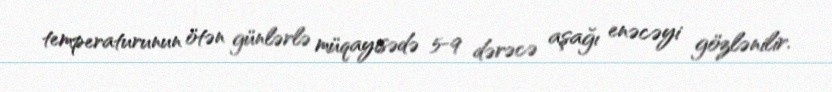
temperaturunun ötən günlərlə müqayisədə 5-9 dərəcə aşağı enəcəyi gözlənilir.